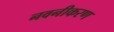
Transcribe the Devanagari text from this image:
नवनीकरण